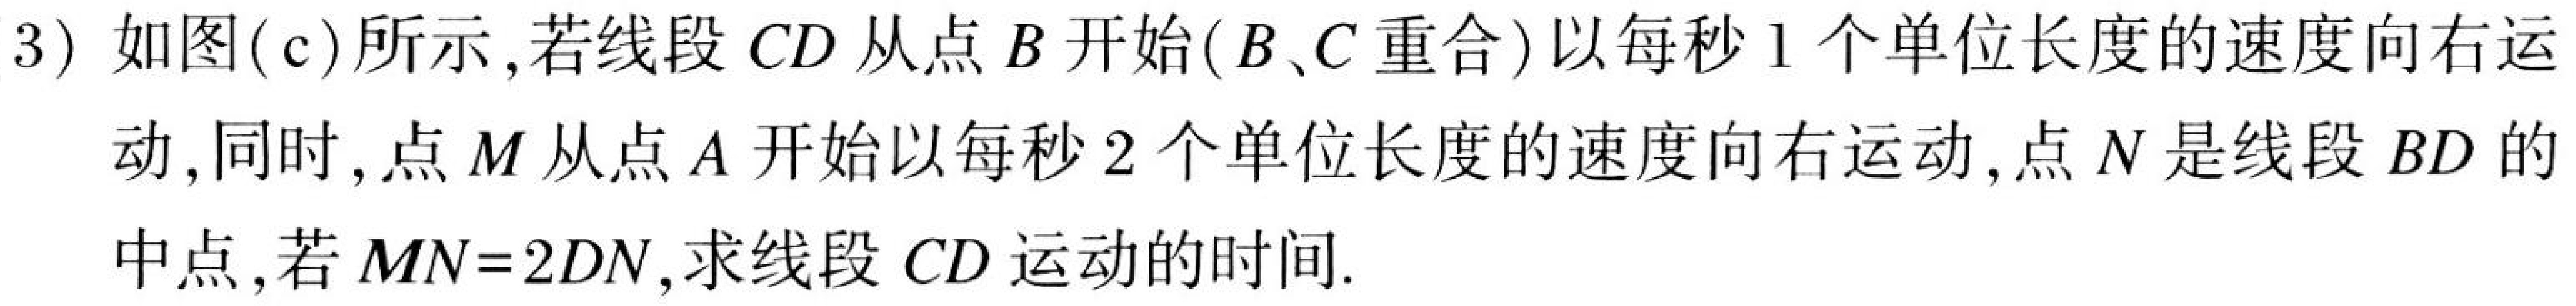
3) 如图(c)所示,若线段 \(CD\) 从点 \(B\) 开始(\(B、C\) 重合)以每秒 \(1\) 个单位长度的速度向右运
动, 同时, 点 \(M\) 从点 \(A\) 开始以每秒 \(2\) 个单位长度的速度向右运动, 点 \(N\) 是线段 \(BD\) 的
中点,若 \(MN = 2DN\),求线段 \(CD\) 运动的时间.